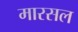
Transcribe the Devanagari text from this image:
मारसल